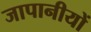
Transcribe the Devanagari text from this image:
जापानीयों